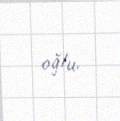
oğlu.